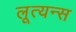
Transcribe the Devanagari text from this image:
लूत्यन्स